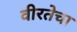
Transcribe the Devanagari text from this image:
वीरतेचा